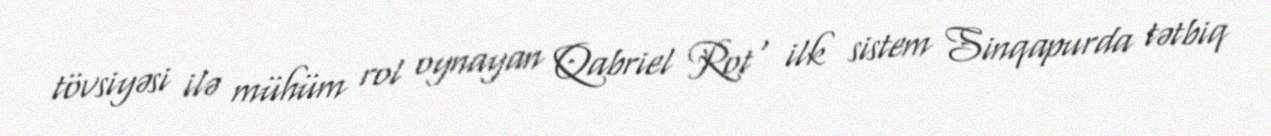
tövsiyəsi ilə mühüm rol oynayan Qabriel Rot , ilk sistem Sinqapurda tətbiq